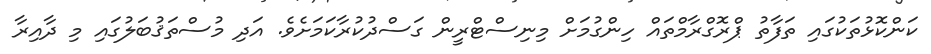
ކަންކޮޅުތަކުގައި ތަފާތު ޕްރޮގްރާމްތައް ހިންގުމަށް މިނިސްޓްރީން ގަސްދުކުރާކަމަށެވެ. އަދި މުސްތަޤުބަލުގައި މި ދާއިރާ